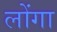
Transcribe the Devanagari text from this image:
लोंगा